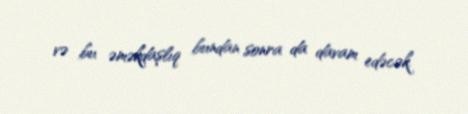
və bu əməkdaşlıq bundan sonra da davam edəcək.